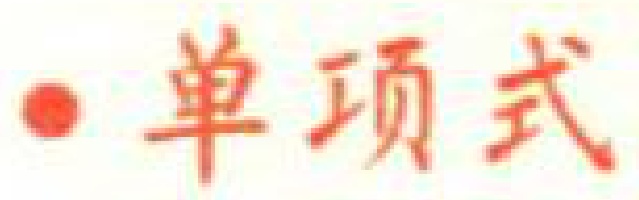
$\bullet\ 单项式$